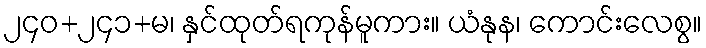
၂၄၀+၂၄၁+မ၊ နှင်ထုတ်ရကုန်မူကား။ ယံနုန၊ ကောင်းလေစွ။